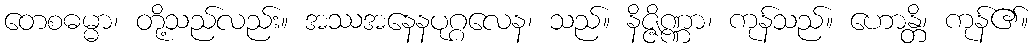
တေစဓမ္မာ၊ တို့သည်လည်း။ အဿအနေနပုဂ္ဂလေန၊ သည်။ နိဇ္ဇိဏ္ဏာ၊ ကုန်သည်။ ဟောန္တိ၊ ကုန်၏။